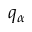
q _ { \alpha }